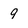
Character: 9